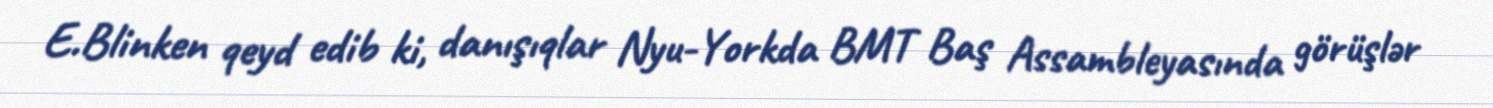
E.Blinken qeyd edib ki, danışıqlar Nyu-Yorkda BMT Baş Assambleyasında görüşlər